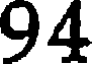
94